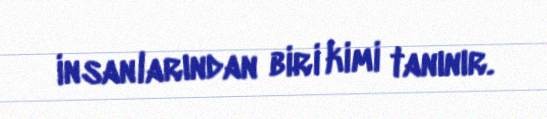
insanlarından biri kimi tanınır.